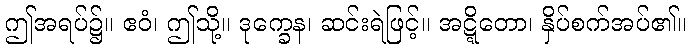
ဤအရပ်၌။ ဧဝံ၊ ဤသို့။ ဒုက္ခေန၊ ဆင်းရဲဖြင့်။ အဋ္ဋိတော၊ နှိပ်စက်အပ်၏။